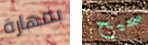
بمهارة صحيح